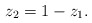
\begin{align*} z_2 = 1 - z_1. \end{align*}